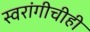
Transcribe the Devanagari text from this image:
स्वरांगीचीही